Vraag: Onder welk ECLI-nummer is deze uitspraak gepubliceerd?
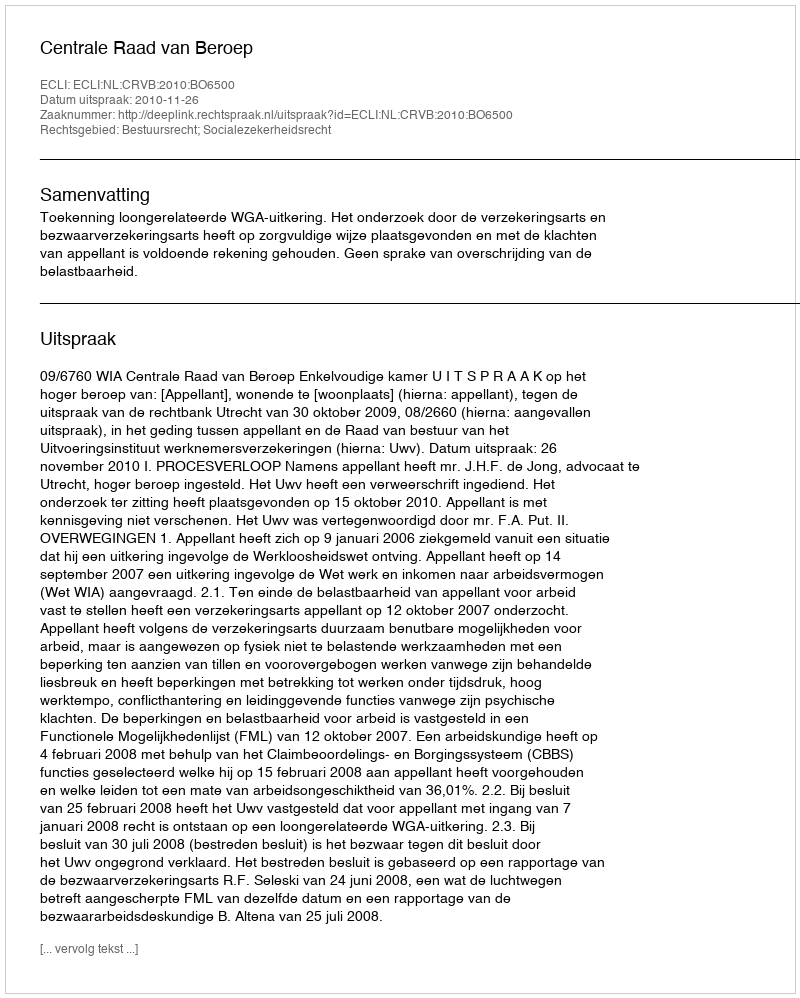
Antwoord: ECLI:NL:CRVB:2010:BO6500